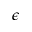
\epsilon